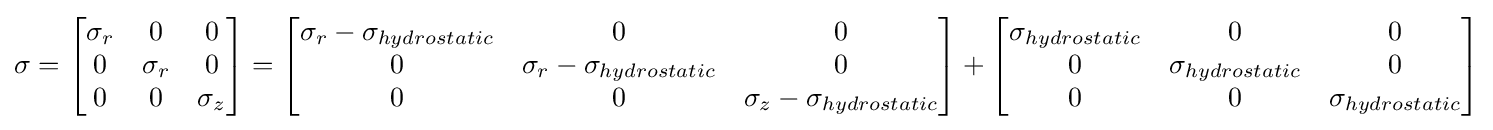
\sigma =\left[{\begin{matrix}\sigma _{r}&0&0\\0&\sigma _{r}&0\\0&0&\sigma _{z}\\\end{matrix}}\right]=\left[{\begin{matrix}\sigma _{r}-\sigma _{hydrostatic}&0&0\\0&\sigma _{r}-\sigma _{hydrostatic}&0\\0&0&\sigma _{z}-\sigma _{hydrostatic}\\\end{matrix}}\right]+\left[{\begin{matrix}\sigma _{hydrostatic}&0&0\\0&\sigma _{hydrostatic}&0\\0&0&\sigma _{hydrostatic}\\\end{matrix}}\right]